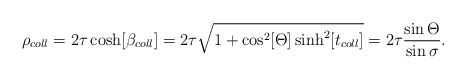
\begin{align*}\rho _{coll}=2\tau \cosh [\beta _{coll}]=2\tau \sqrt{1+\cos ^2[\Theta ]\sinh ^2[t_{coll}]}=2\tau \frac{\sin \Theta }{\sin \sigma }.\end{align*}